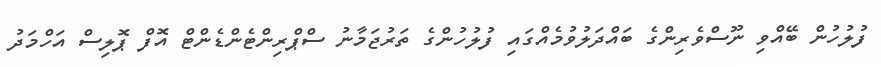
ފުލުހުން ބޭއްވި ނޫސްވެރިންގެ ބައްދަލުވުމެއްގައި ފުލުހުންގެ ތަރުޖަމާނު ސްޕްރިންޓެންޑެންޓް އޮފް ޕޮލިސް އަހްމަދު